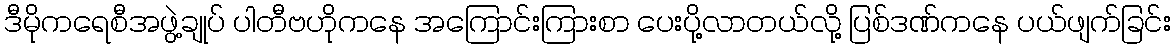
ဒီမိုကရေစီအဖွဲ့ချုပ် ပါတီဗဟိုကနေ အကြောင်းကြားစာ ပေးပို့လာတယ်လို့ ပြစ်ဒဏ်ကနေ ပယ်ဖျက်ခြင်း